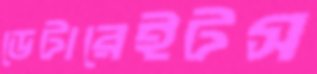
ডেটারেইটস